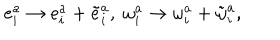
e _ { i } ^ { a } \rightarrow e _ { i } ^ { a } + \tilde { e } _ { i } ^ { a } , \; \omega _ { i } ^ { a } \rightarrow \omega _ { i } ^ { a } + \tilde { \omega } _ { i } ^ { a } ,